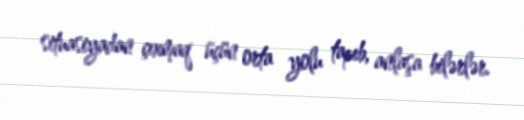
situasiyadan çıxmaq üçün orta yolu tapıb, anlaşa bilərlər.